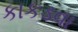
કાકડવા